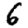
Digit: 6